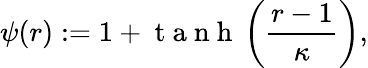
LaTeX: \psi(r):=1+\mathrm{~t~a~n~h~}\left(\frac{r-1}{\kappa}\right),